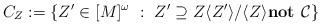
LaTeX: \begin{align*}C_Z:= \{ Z' \in [M]^\omega \ : \ Z' \supseteq Z \langle Z' \rangle/\langle Z \rangle \textbf{not } \mathcal{C} \} \end{align*}